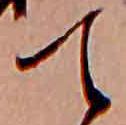
て